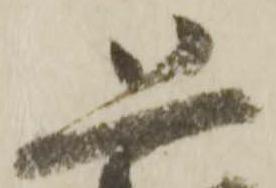
恐